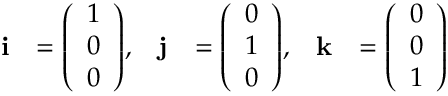
{ \begin{array} { r l r l r l } { \mathbf { i } } & { = { \left( \begin{array} { l } { 1 } \\ { 0 } \\ { 0 } \end{array} \right) } , } & { \mathbf { j } } & { = { \left( \begin{array} { l } { 0 } \\ { 1 } \\ { 0 } \end{array} \right) } , } & { \mathbf { k } } & { = { \left( \begin{array} { l } { 0 } \\ { 0 } \\ { 1 } \end{array} \right) } } \end{array} }